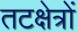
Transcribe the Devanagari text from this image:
तटक्षेत्रों